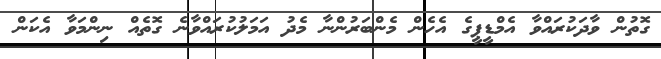
ގޮތުން ވާދަކުރައްވާ އެމްޑީޕީގެ އެހެން މެންބަރުންނާ މެދު އަމަލުކުރައްވާނެ ގޮތެއް ނިންމަވާ އެކަން